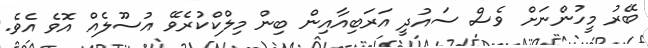
ބޭރު މީހުންނަށް ވެސް ސައުދީ އަރަބިއާއިން ބިން މިލްކްކުރެވޭ އުސޫލެއް އޮވެ އެވެ.